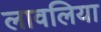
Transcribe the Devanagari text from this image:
लावलिया